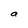
Character: a